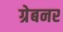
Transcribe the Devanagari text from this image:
ग्रेबनर